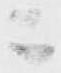
ニ